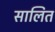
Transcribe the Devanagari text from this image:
सालित